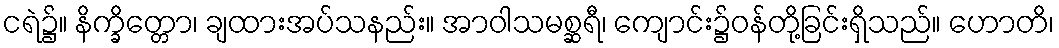
ငရဲ၌။ နိက္ခိတ္တော၊ ချထားအပ်သနည်း။ အာဝါသမစ္ဆရီ၊ ကျောင်း၌ဝန်တို့ခြင်းရှိသည်။ ဟောတိ၊